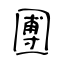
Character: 圑